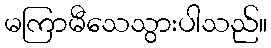
မကြာမီသေသွားပါသည်။